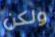
ولكن